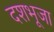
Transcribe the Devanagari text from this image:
दशभूजा